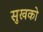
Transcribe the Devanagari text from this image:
सुखको